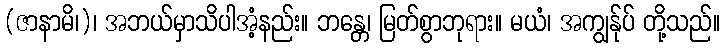
(ဇာနာမိ၊)၊ အဘယ်မှာသိပါအံ့နည်း။ ဘန္တေ၊ မြတ်စွာဘုရား။ မယံ၊ အကျွန်ုပ် တို့သည်။